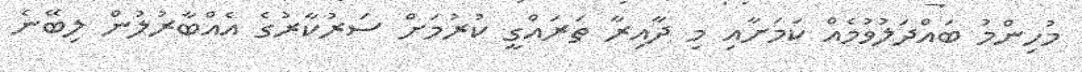
މުހިންމު ބައްދަލުވުމެއް ކަމަށާއި މި ދާއިރާ ތަރައްގީ ކުރުމަށް ސަރުކާރުގެ އެއްބާރުލުން ލިބޭނެ